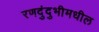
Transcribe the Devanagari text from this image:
रणदुंदुभीमधील